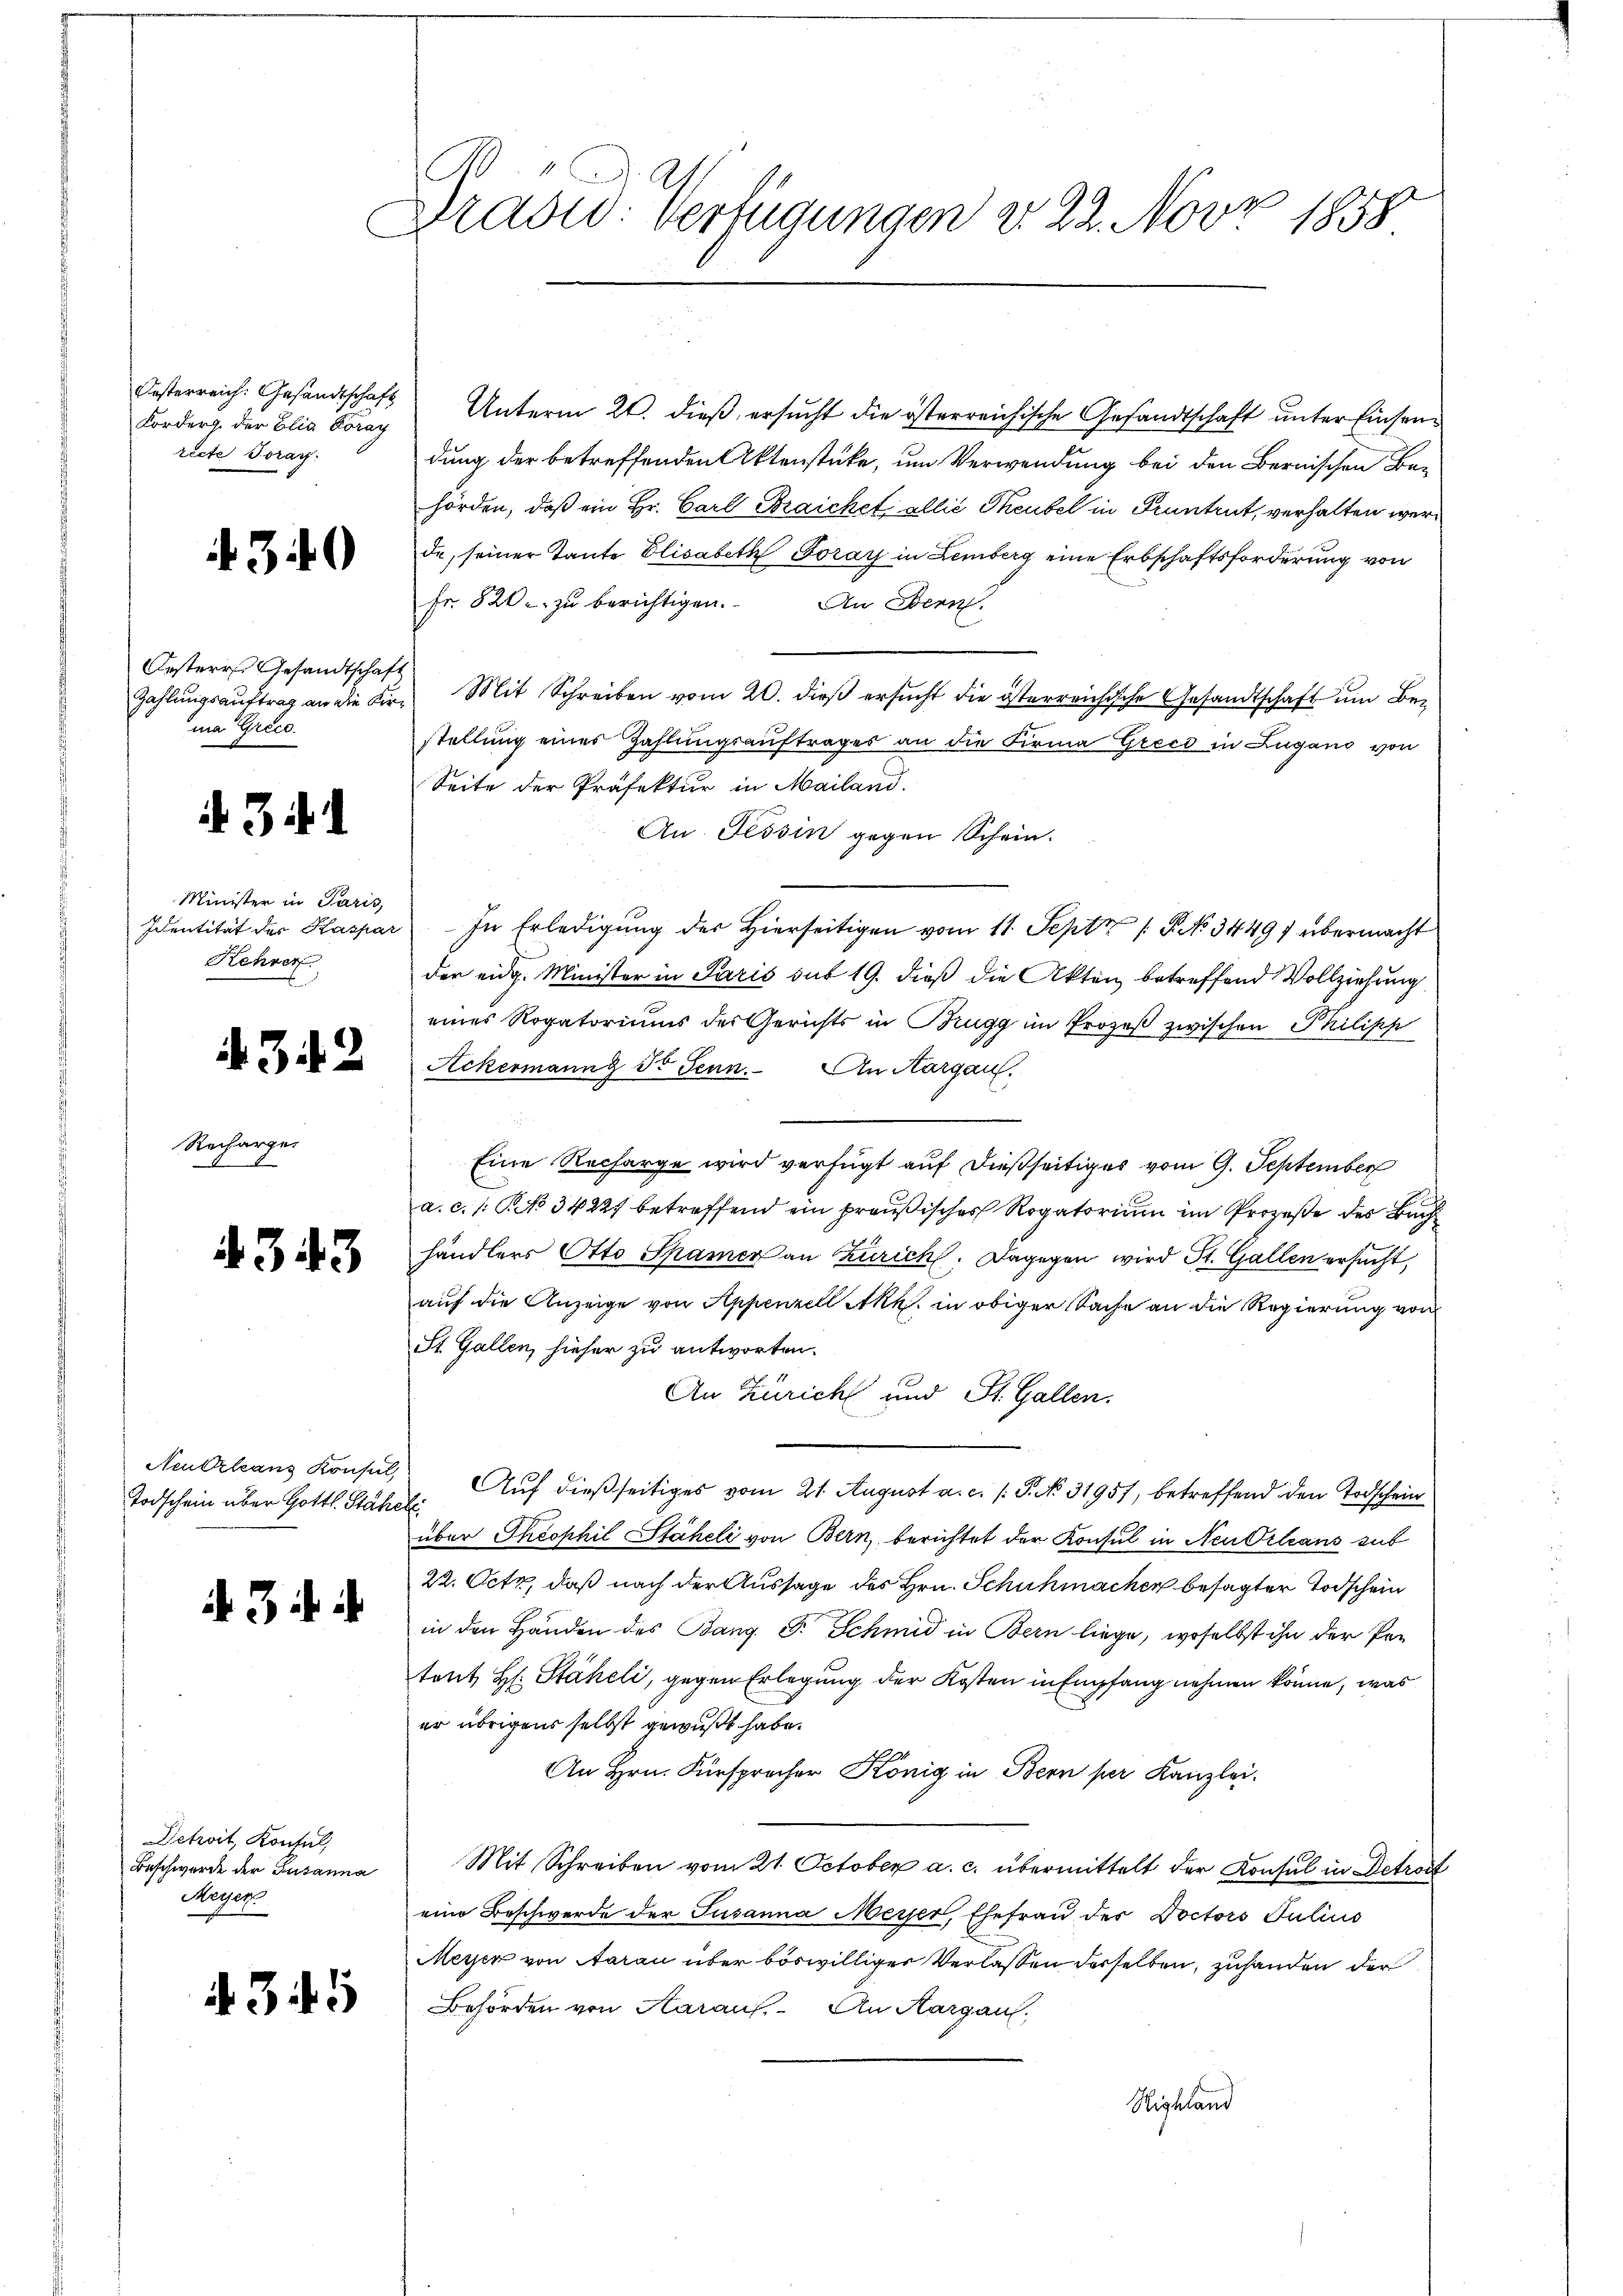
Oesterreich. Gesandtschaft
Forderg. der Elia Foray
recte Toray.

340

Oesterr Gesandtschaf
Zahlungsauftrag an die Kirna Grece

34. 1

Minister in Paris,
Identität des Kaspa
Kehrer

Recharge.

4342

4343

Neukrleans Konsul,
Todschein über Gottl. Stäh

a 3 in ih

Detroit, Kontal
Beschwerde der Susanna
Kayser

345

Dradid: Verfügungen v. 22. Nov 1858

Unterm 21. dieß, ersucht die österreichische Gesandtschaft unter Einsendung der betreffenden Aktenstücke, um Verwendung bei den Bernischen Behörden, daß ein Hr. Carl Braichet allie Theubel in Kuntrut, verhalten werde, seiner Tante Elisabeth Goray in Lemberg eine Erbschaftsforderung von
fr. 820. zu berichtigen. An Stern,
Mit Schreiben vom 20. dieß ersucht die österreichische Gesandtschaft um Bestellung eines Zahlungsauftrages an die Firma Grecs in Lugano von
Seite der Präfektur in Mailand.
An. Tessin gegen Schein.
In Erledigung der Hierseitigen vom 11. Septz (§ 3449) übermacht
der eidg. Minister in Paris sub 19. dieß die Akten betreffend Vollziehung
eines Rogatoriums der Gerichts in Brugg im Prozeß zwischen Philipp
Ackermanng d. Jenn. An Aargau,
Eine Recharge wird verfügt auf dießseitiges vom 9. September
a. c. /: No 34227 betreffend ein preußisches Rogatorium im Prozeße des Buch
händlers Otto Shamer an Zürich. Dagegen wird St. Gallen ersucht,
auf die Anzeige von Appenzell Akt in obiger Sache an die Regierung von
St. Gallen, hieher zu antworten.
An Zürich und St. Gallen.
Auf dießseitiges vom 21. August a. c. /: P. No. 31957, betreffend den Todschein
¬
über Theophil Stäheli von Bern, berichtet der Konsul in Neu Orleans sub
22. Octo, daß nach der Aussage des Hrn. Schuhmachen besagter Todschein
in den Handen des Bang. S. Schmid in Bern liege, woselbst ihn der Petort H. Stäheli, gegen Erlegung der Kosten in Empfang nehmen könne, was
er übrigens selbst gewußt habe.
An Hrn. Fürspracher König in Bern per Kanzlei.
Mit Schreiben vom 21. October a. c. übermittelt der Konsul in Detract
eine Beschwerde der Susanna Meyer, Ehefrau der Doctors Julius
Meyer von Aarau über böswilliger Verlassen derselben, zuhanden der
Behörden von Aarauf. An Aargau,
Sighland